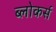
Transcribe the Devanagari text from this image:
ब्लोकर्स